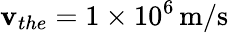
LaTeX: \mathbf{v}_{the}=1\times10^{6}\, \mathrm{{m/s}}